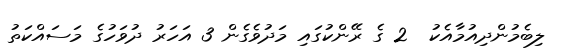
ލިބެމުންދިއުމާއެކު  2 ގެ ރޭންކުގައި މަދުވެގެން 3 އަހަރު ދުވަހުގެ މަސައްކަތު